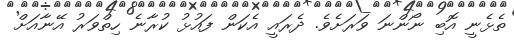
ތެޅެނީ އޮބި ނޯންނަ ވަރަށެވެ. ދެރައީ އެކަން ފައުޅު ކުރާނެ ހިތްވަރު އޭނާއަށް